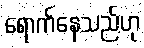
ရောက်နေသည်ဟု